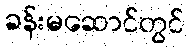
ခန်းမဆောင်တွင်